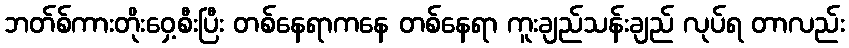
ဘတ်စ်ကားတိုးဝှေ့စီးပြီး တစ်နေရာကနေ တစ်နေရာ ကူးချည်သန်းချည် လုပ်ရ တာလည်း